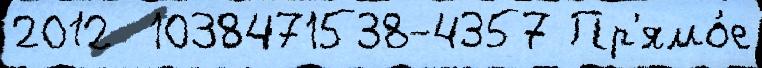
2012  1038471538-4357 Пр'ямо́е